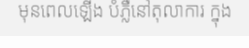
មុនពេលឡើង បំភ្លឺនៅតុលាការ ក្នុង